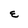
Character: E